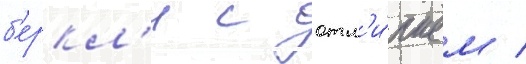
б'еркл'и с отл'и́чием /